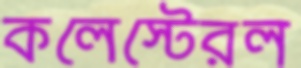
কলেস্টেরল